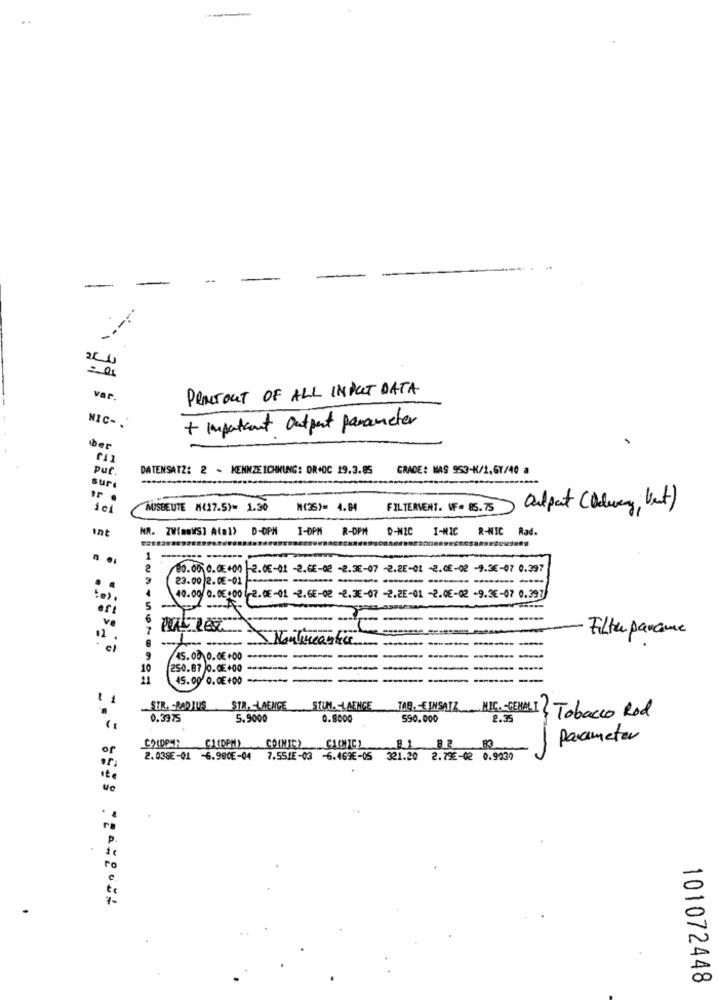
-
PRACTOUT OF ALL INPUT DATA
var.
NIC-
+ important Output parameter
Der
pur
DATENSATZ: 2 - KENNZEICHNUNG: DR.DC 19.3. 85
GRADE: MAS 953-K/1,67/40 a
sur
AUSBEUTE M(17.5)= 1.30
M(25)= 4.84
FILTERVENT. W. 85.75
Output (Odway, but)
int
NR. ZW[mWS] A(DI) D-OPH I-DPM R-DPH
D-NIC
I-MIC R-NIC Rad.
80.00 0.05+00 -2.0E-01 -2.GE-02 -2.3E-07 -2.2E-01 -2.CE-02 -9.3€-07 0.397
23.00 2.0E-01
-----
. .
40.00/ 0.05:00 (-2.0E-01 -2.6E-02 -2.3E-07 -2.2E-01 -2.06-02 -9.3€-07 0.397
eft
5
ve
Filter parame
·Nombreantic
----
45.00 0.0€ +00
-
---
1
250.87 0.0E+00
------
45.00 0.0E +00 -------
STR. RADIUS
STR.LAENGE STUM .- LAENCE
0.3975
5.9000
TAB. - EINSATZ NIC. - GEHALT Tobacco Rod
590.000
2.35
Parameter
of
COINICY
2.038E-01 -6.980E-04
7.551E-03 -6.469€-05
321.20
2.79€-02 0.9230
101072448